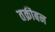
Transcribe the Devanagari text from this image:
तक्रीबन